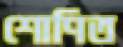
শোণিত